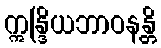
ဣန္ဒြိယဘာဝနန္တိ